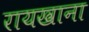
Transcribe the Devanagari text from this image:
रायखाना